Civil Veterinary Dept. Assam report 1927-50 - 1927-1950
Year: 1927
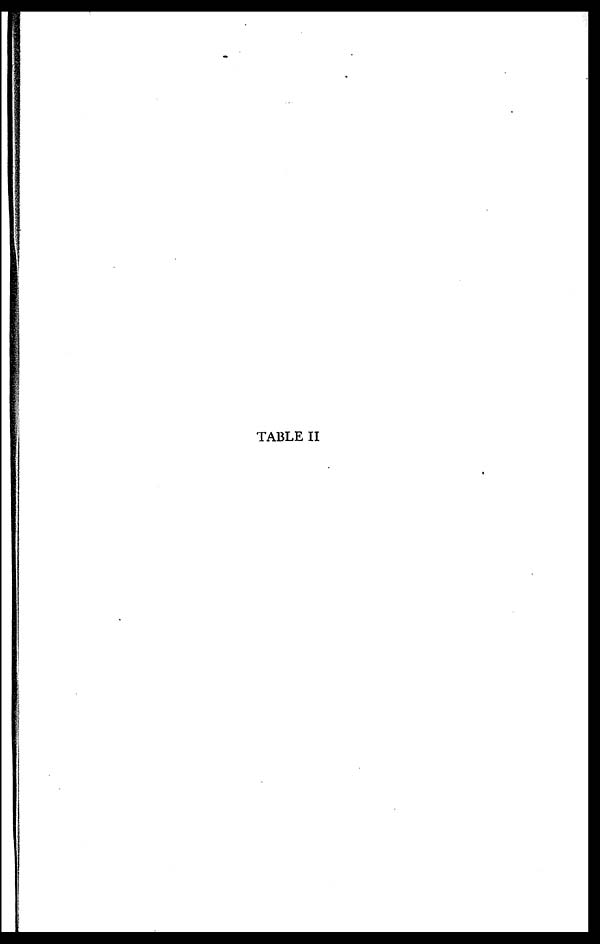
TABLE II